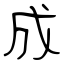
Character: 成